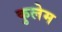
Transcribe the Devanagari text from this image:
कुलेम